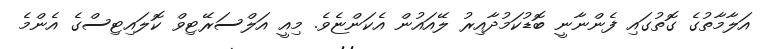
އަލާމާތުގެ ގޮތުގައި ފެންނާނީ ބޮޑުކަމުދާއިރު ލޭއައުން އެކަންޏެވެ. މިއީ އަލްސަރޭޓިވް ކޮލައިޓިސްގެ އެންމެ